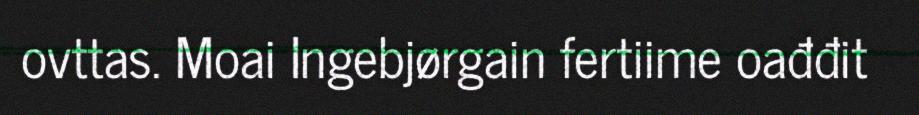
ovttas. Moai Ingebjørgain fertiime oađđit